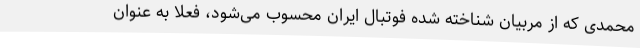
محمدی که از مربیان شناخته شده فوتبال ایران محسوب می‌شود، فعلا به عنوان